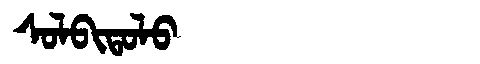
Manchu: ᠰᠣᠯᠪᡳᡨᠣᠯᠣ
Romanization: SOLBITOLO